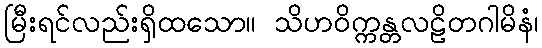
မြီးရင်လည်းရှိထသော။ သိဟဝိက္ကန္တလဠိတဂါမိနံ၊